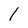
Character: l